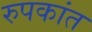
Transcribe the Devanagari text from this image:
रुपकांत